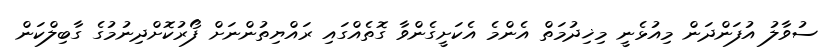
ސުވާލު އުފަންދަން މިއުޅެނީ މިޚިދުމަތް އެންމެ އެކަށީގެންވާ ގޮތެއްގައި ރައްޔިތުންނަށް ފޯރުކޮށްދިނުމުގެ ގާބިލްކަން